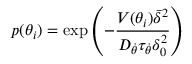
p ( \theta _ { i } ) = \exp \left( - \frac { V ( \theta _ { i } ) \bar { \delta } ^ { 2 } } { D _ { \dot { \theta } } \tau _ { \dot { \theta } } \delta _ { 0 } ^ { 2 } } \right)